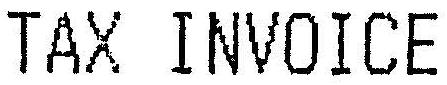
TAX INVOICE